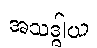
အသဒ္ဓါယ